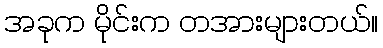
အခုက မိုင်းက တအားများတယ်။